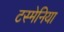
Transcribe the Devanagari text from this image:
टस्मेनिया